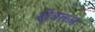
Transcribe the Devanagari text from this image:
क्षेत्रतल